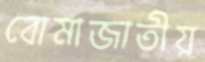
বোমাজাতীয়